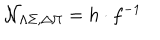
{ \cal N } _ { \Lambda \Sigma , \Delta \Pi } = h \cdot f ^ { - 1 }